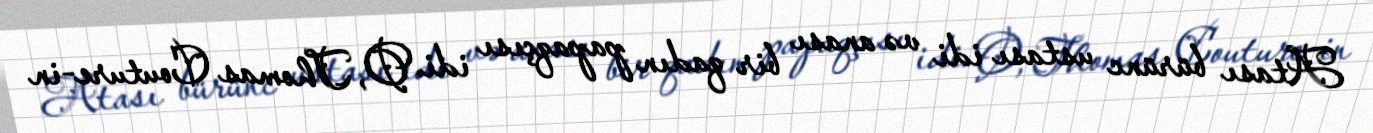
Atası bürünc ustası idi və anası bir qadın papaqçısı idi. O, Thomas Couture-in